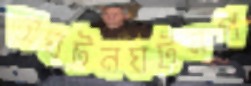
অঘটনঘটনপ